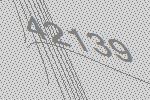
42139